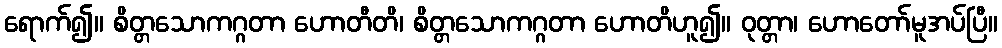
ရောက်၍။ စိတ္တသောကဂ္ဂတာ ဟောတီတိ၊ စိတ္တသောကဂ္ဂတာ ဟောတိဟူ၍။ ဝုတ္တာ၊ ဟောတော်မူအပ်ပြီ။